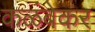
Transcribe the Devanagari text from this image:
कळंबेकर